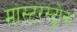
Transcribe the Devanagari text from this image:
मास्टरस्ट्रोक